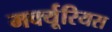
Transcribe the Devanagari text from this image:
मर्क्यूरियस